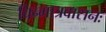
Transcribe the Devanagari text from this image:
चिन्मात्रवासनः